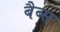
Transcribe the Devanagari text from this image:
बैब्स